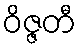
ဝိဇ္ဇတီ